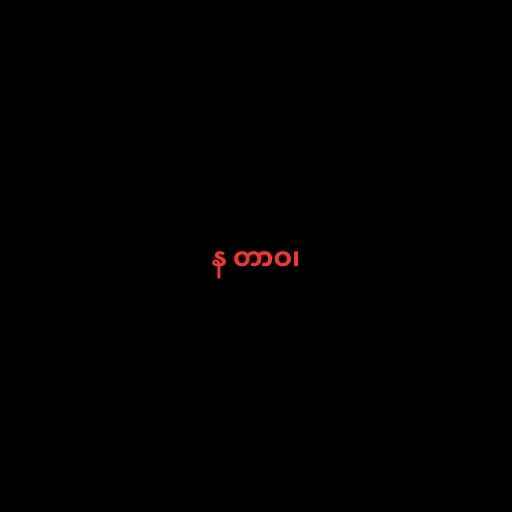
န တာဝ၊